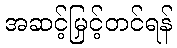
အဆင့်မြှင့်တင်ရန်